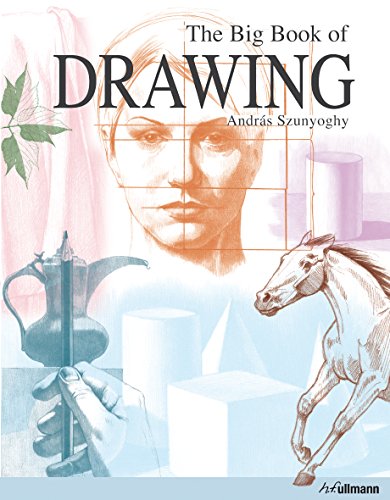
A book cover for The Big Book of Drawing; AndrÃEs Szunyoghy; Arts & Photography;